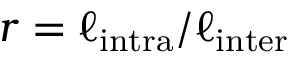
r = \ell _ { \mathrm { i n t r a } } / \ell _ { \mathrm { i n t e r } }